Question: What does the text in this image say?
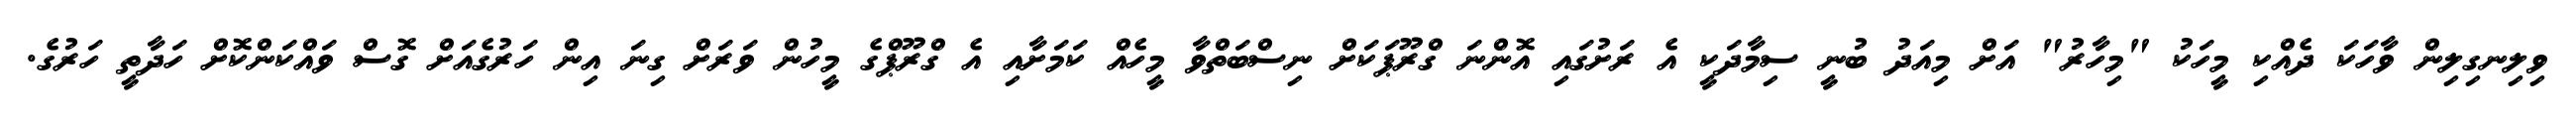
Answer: ވިލިނގިލިން ވާހަކަ ދެއްކި މީހަކު "މިހާރު" އަށް މިއަދު ބުނީ ސިމާދަކީ އެ ރަށުގައި އޮންނަ ގްރޫޕަކަށް ނިސްބަތްވާ މީހެއް ކަމަށާއި އެ ގްރޫޕްގެ މީހުން ވަރަށް ގިނަ އިން ހަރުގެއަށް ގޮސް ވައްކަންކޮށް ހަދާތީ ހަރުގެ.